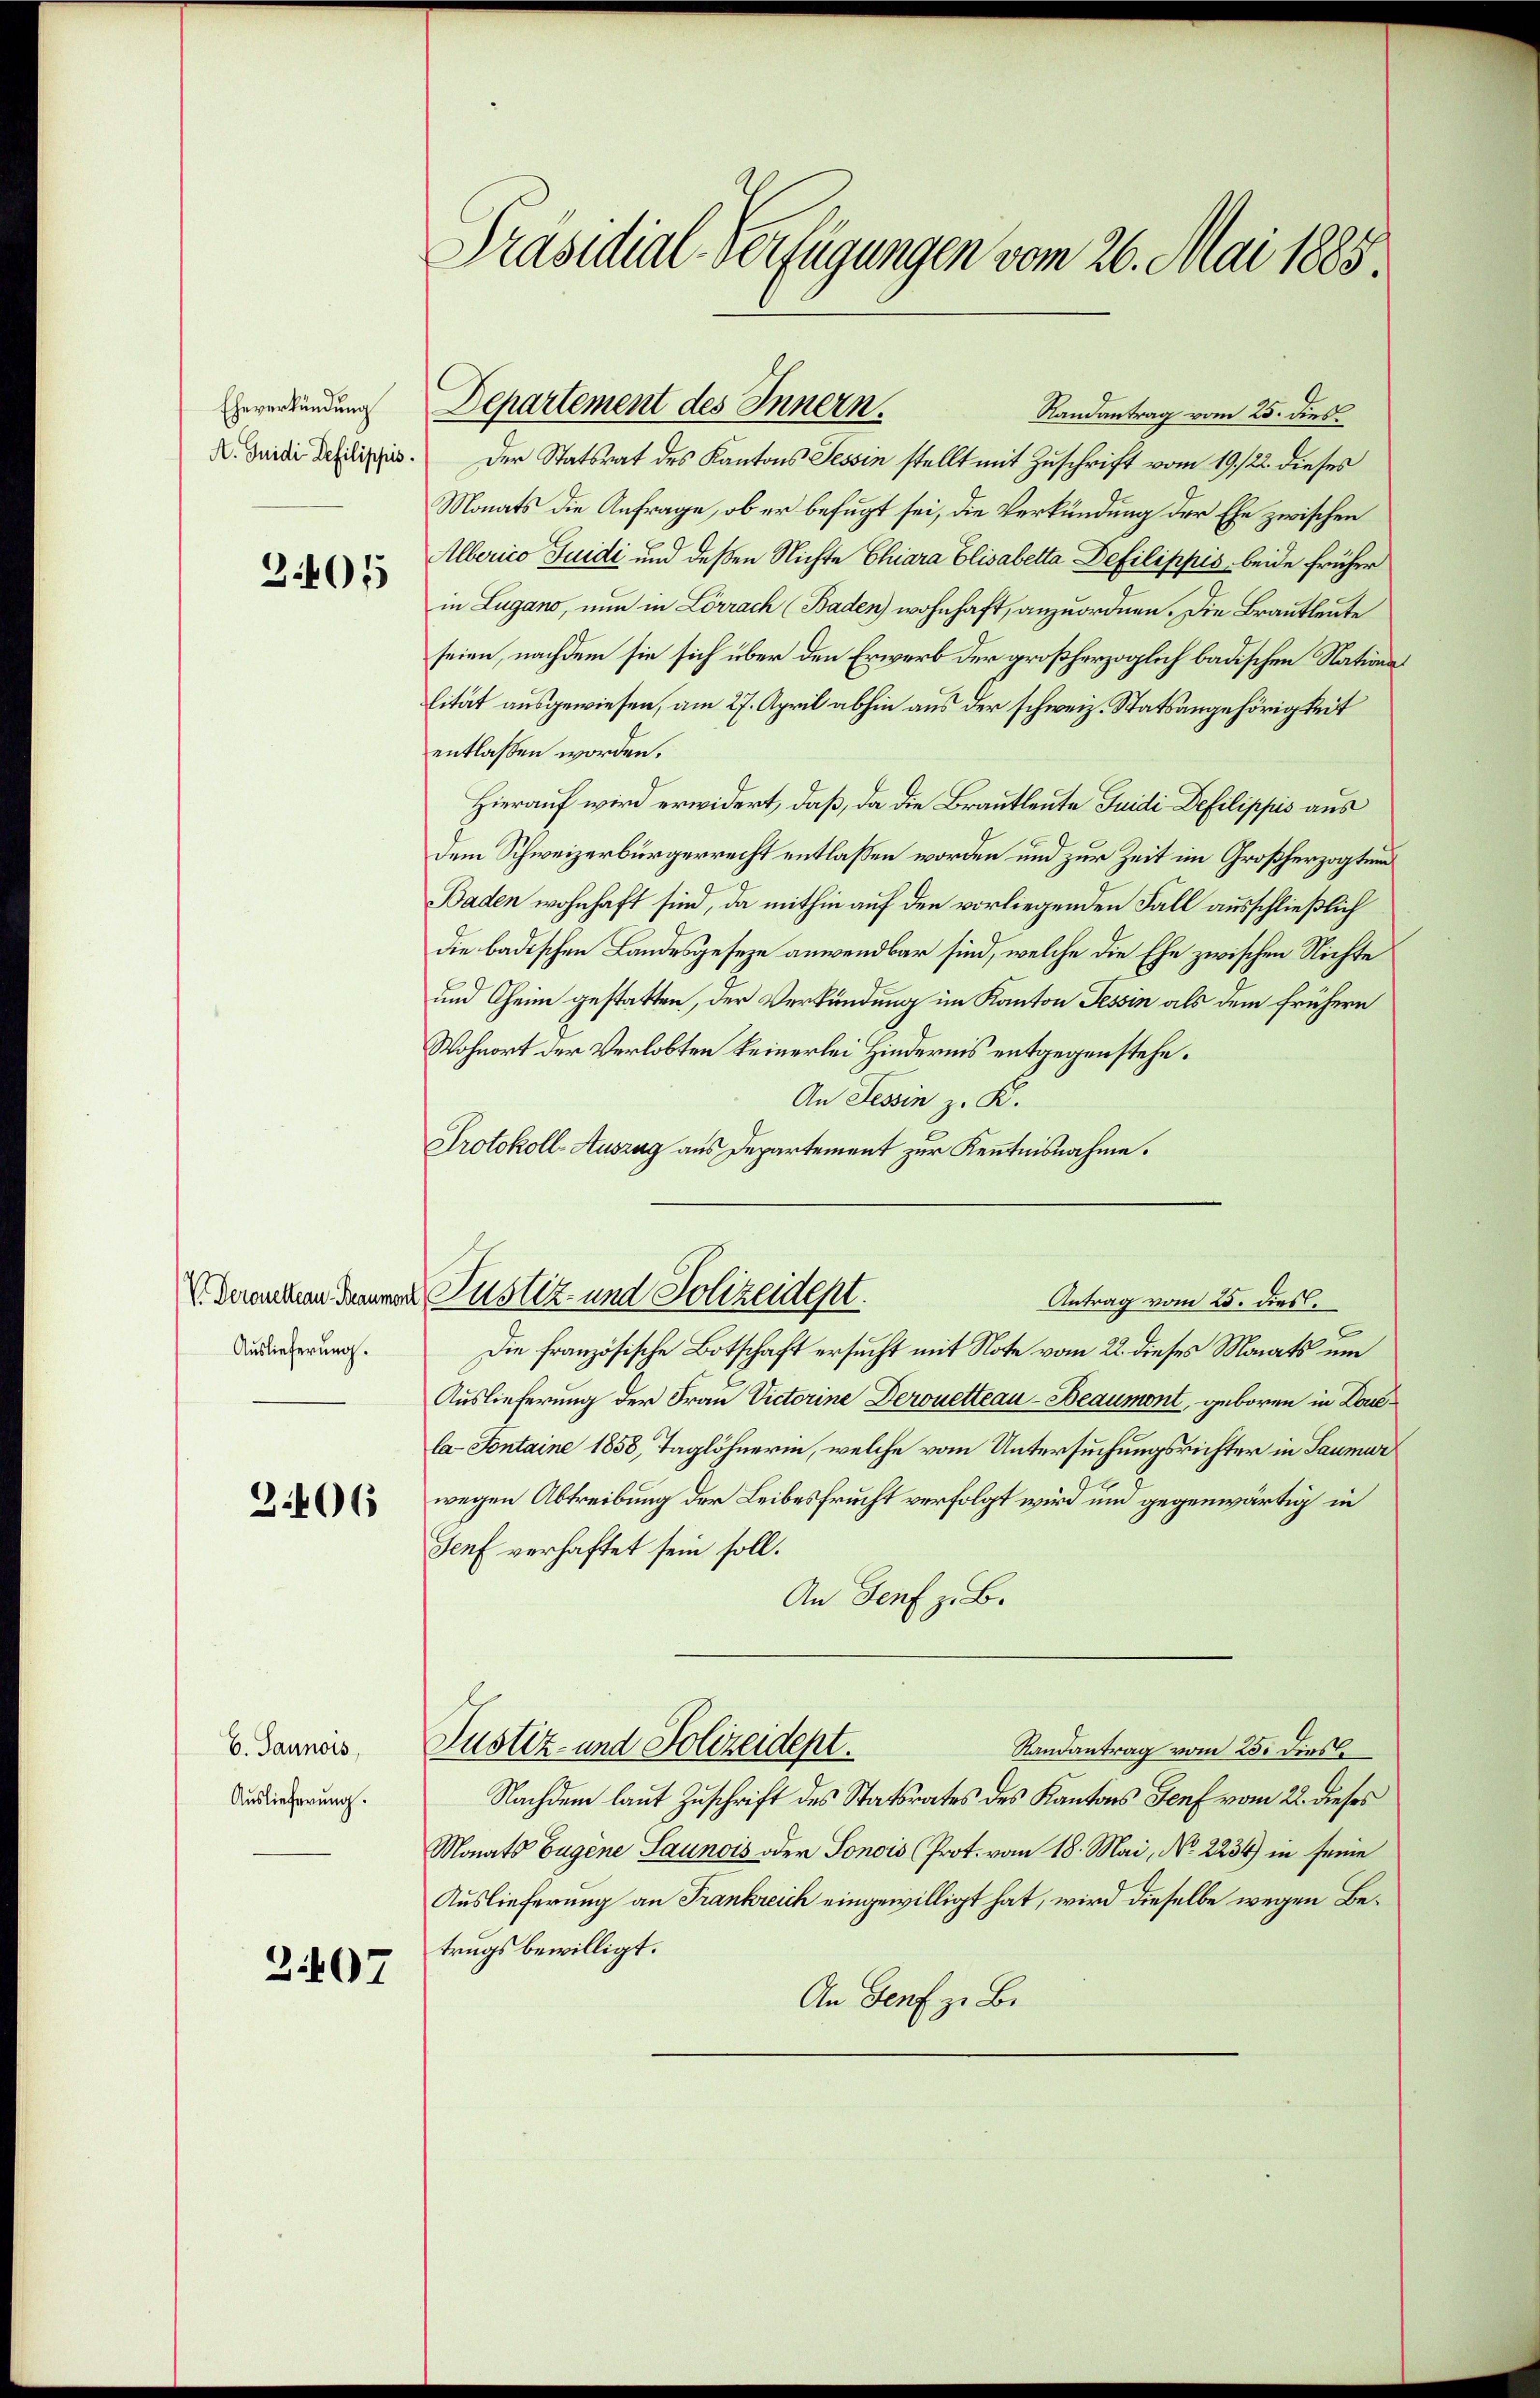
3405

Auslieferung.

Auslieferung.

Präsidial-Verfügungen vom 26. Mai 1885.

Randantrag vom 25. dies
D. Seide Schilippin. Der Statsrat des Kantons Tessin stellt mit Zuschrift vom 19. 22. dieses
Monats die Anfrage, ob er befugt sei, die Verkündung der Ehe zwischen
Alberico Juidi und deßen Nichte Chiara Elisabetta Defilippis beide früher
in Lugano, nun in Lörrach (Baden) wohnhaft, anzuordnen. Die Brautleute
seien, nachdem sie sich über den Erwerb der großherzoglich badischen Nationslität ausgewiesen, am 27. April abhin aus der schweiz. Statsangehörigkeit
entlassen worden.
Hierauf wird erwidert, daß, da die Brautleute Juidi Defilippis aus
dem Schweizerbürgerrecht entlassen worden und zur Zeit im Großherzogtund
Baden wohnhaft sind, da mithin auf den vorliegenden Fall ausschließlich
die badischen Landesgeseze anwendbar sind, welche die Ehe zwischen Nichte
und heim gestatten, der Verkündung im Kanton Tessin als dem frühern
Wohnort der Verlobten keinerlei Hindernis entgegenstehe.
An Tessin z. K.
Protokoll-Auszug aus Departement zur Kenntnisnahme.
Die französische Botschaft ersucht mit Note vom 22. dieses Monats um
Auslieferung der Frau Victorine Deronetteau - Beaumont, geboren in Laula- Fontaine 1858, Taglöhnerin, welche vom Untersuchungsrichter in Saumur
 wegen Abtreibung der Leibesfrucht verfolgt wird um gegenwärtig in
Genf verhaftet sein soll.
An Genf z. B.
V. Jannes Justiz- und Polizeidept.
Randantrag vom 25. dies
Nachdem laut Zuschrift des Statsrates des Kantons Genf vom 22. dieses
Monats Eugene Saunois oder Sonois Prot. vom 18. Mai, No 2236) in seine
Auslieferung an Frankreich eingewilligt hat, wird dieselbe wegen Betrugs bewilligt.
2407
An Genf zu Be

Heverkündung Departement des Innern.

V. daranten deiner Justiz- und Polizeident.
Antrag vom 25. dies